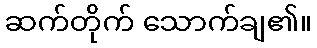
ဆက်တိုက် သောက်ချ၏။